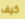
كيف